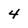
Character: 4